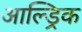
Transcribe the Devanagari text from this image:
आल्ड्रिक